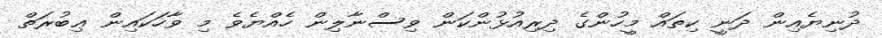
ދުނިޔެއިން ދަނީ ކިތައް މީހުންގެ ދިރިއުޅުންކަން ވިސްނާލިން ހެއްޔެވެ މި ވާހަކައިން ޢިބުރަތް